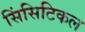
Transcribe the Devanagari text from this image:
सिंसिटिकल